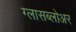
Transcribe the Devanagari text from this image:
ग्लासब्लोअर